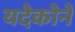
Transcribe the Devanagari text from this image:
यदेकोने